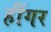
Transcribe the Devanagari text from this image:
हींगर